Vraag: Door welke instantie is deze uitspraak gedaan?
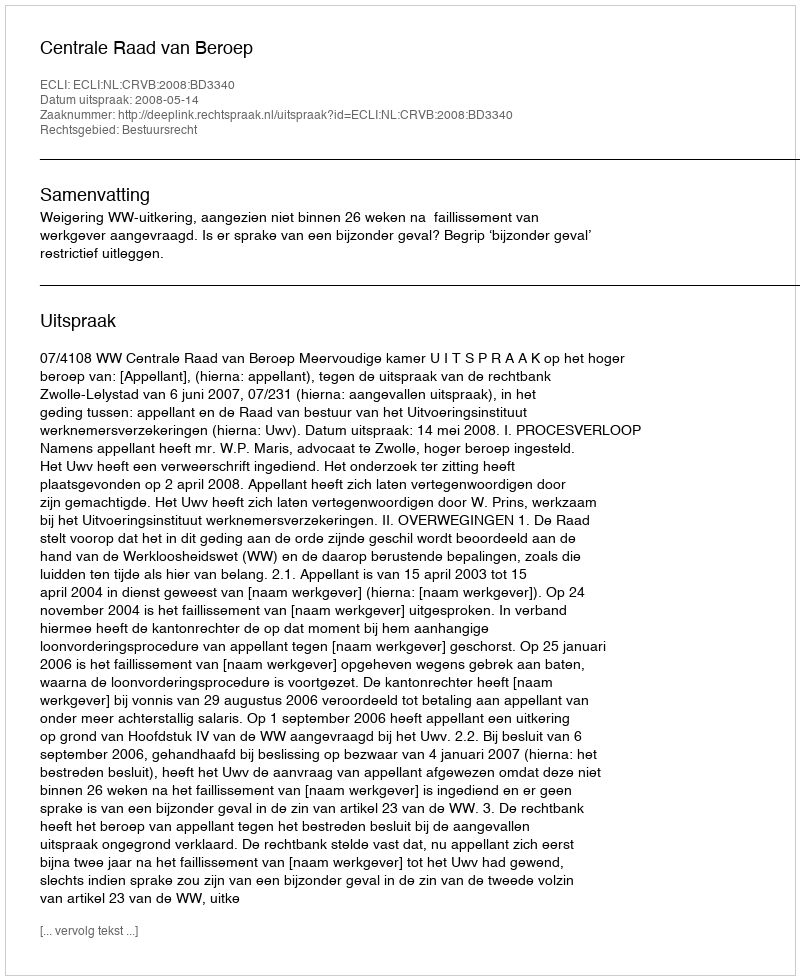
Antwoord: Centrale Raad van Beroep